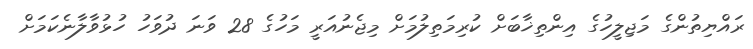
ރައްޔިތުންގެ މަޖިލީހުގެ އިންތިޚާބަށް ކުރިމަތިލުމަށް މިޖެނުއަރީ މަހުގެ 28 ވަނަ ދުވަހު ހުޅުވާލާނެކަމަށް